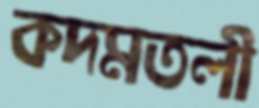
কদমতলী